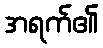
အရက်၏